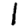
Digit: 1